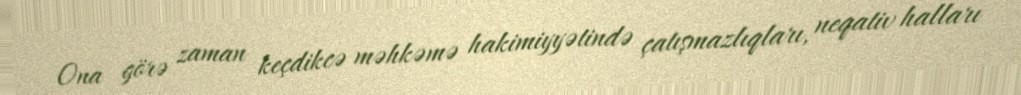
Ona görə zaman keçdikcə məhkəmə hakimiyyətində çatışmazlıqları, neqativ halları